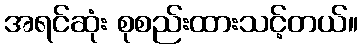
အရင်ဆုံး စုစည်းထားသင့်တယ်။